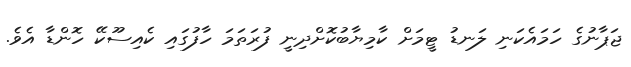
ޖަޕާނުގެ ހަމައެކަނި ލަނޑު ޓީމަށް ކާމިޔާބުކޮށްދިނީ ފުރަތަމަ ހާފުގައި ކެއިސޫކޭ ހޮންޑާ އެވެ.